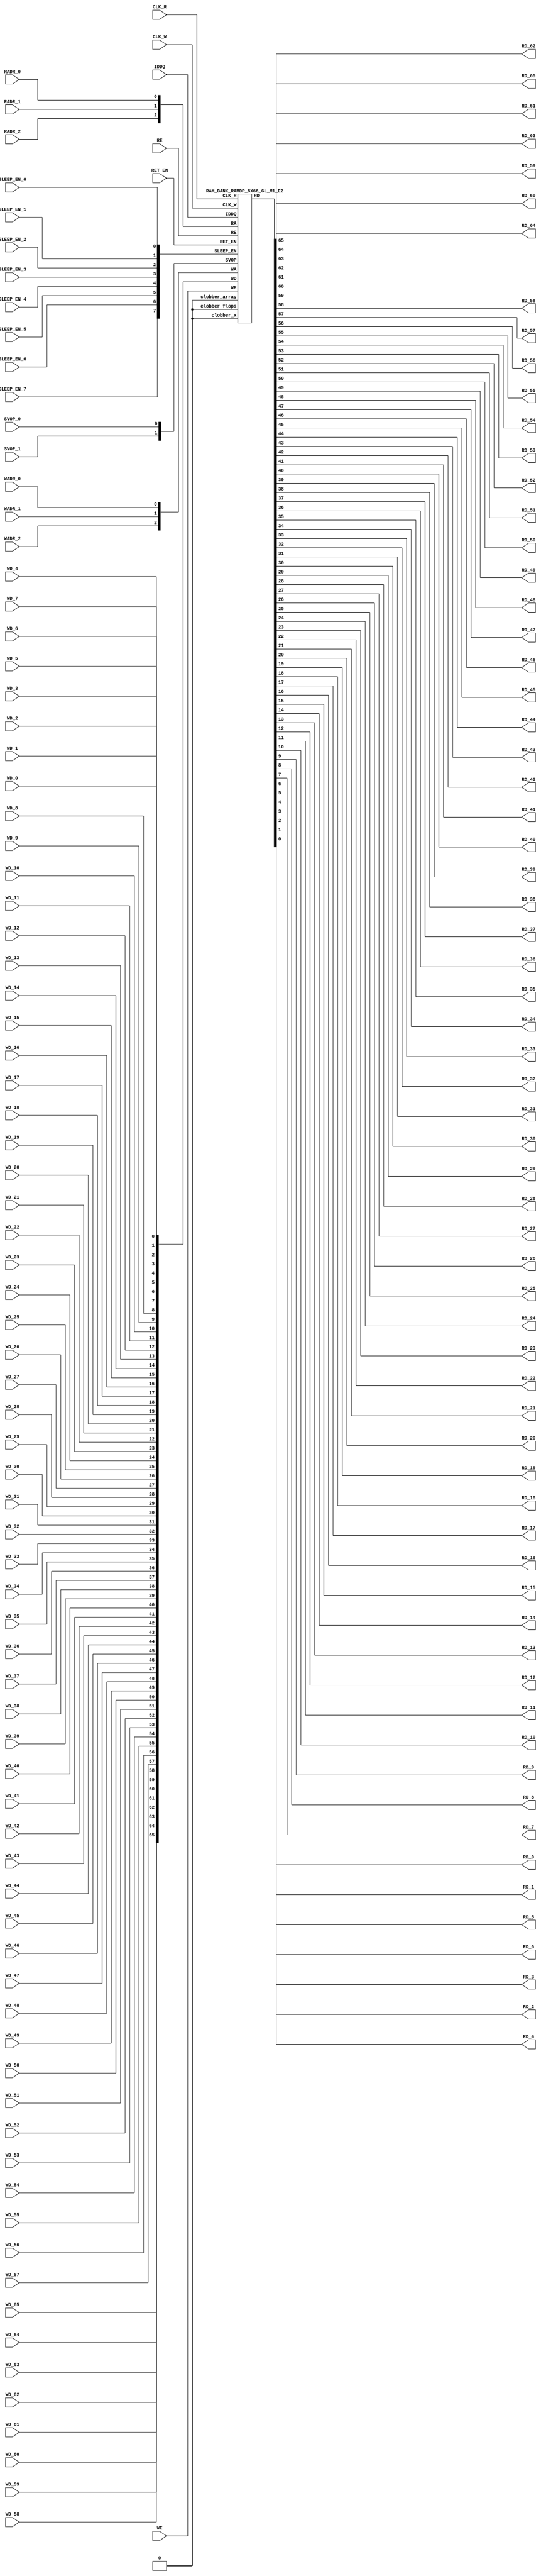
//RAM             : RAMDP_8X66_GL_M1_E2
//Technology      : TSMC16FFLR
//Compiler version: FINAL.1 - 2017-05-23.14:46:11

`timescale 10ps/1ps

`celldefine
module RAMDP_8X66_GL_M1_E2 (CLK_R, CLK_W, RE, WE
	, RADR_2, RADR_1, RADR_0
    , WADR_2, WADR_1, WADR_0
	, WD_65, WD_64, WD_63, WD_62, WD_61, WD_60, WD_59, WD_58, WD_57, WD_56, WD_55, WD_54, WD_53, WD_52, WD_51, WD_50, WD_49, WD_48, WD_47, WD_46, WD_45, WD_44, WD_43, WD_42, WD_41, WD_40, WD_39, WD_38, WD_37, WD_36, WD_35, WD_34, WD_33, WD_32, WD_31, WD_30, WD_29, WD_28, WD_27, WD_26, WD_25, WD_24, WD_23, WD_22, WD_21, WD_20, WD_19, WD_18, WD_17, WD_16, WD_15, WD_14, WD_13, WD_12, WD_11, WD_10, WD_9, WD_8, WD_7, WD_6, WD_5, WD_4, WD_3, WD_2, WD_1, WD_0
	, RD_65, RD_64, RD_63, RD_62, RD_61, RD_60, RD_59, RD_58, RD_57, RD_56, RD_55, RD_54, RD_53, RD_52, RD_51, RD_50, RD_49, RD_48, RD_47, RD_46, RD_45, RD_44, RD_43, RD_42, RD_41, RD_40, RD_39, RD_38, RD_37, RD_36, RD_35, RD_34, RD_33, RD_32, RD_31, RD_30, RD_29, RD_28, RD_27, RD_26, RD_25, RD_24, RD_23, RD_22, RD_21, RD_20, RD_19, RD_18, RD_17, RD_16, RD_15, RD_14, RD_13, RD_12, RD_11, RD_10, RD_9, RD_8, RD_7, RD_6, RD_5, RD_4, RD_3, RD_2, RD_1, RD_0
    
    , IDDQ
	, SVOP_1, SVOP_0
    , SLEEP_EN_7, SLEEP_EN_6, SLEEP_EN_5, SLEEP_EN_4, SLEEP_EN_3, SLEEP_EN_2, SLEEP_EN_1, SLEEP_EN_0, RET_EN
    
);

// nvProps NoBus SLEEP_EN_

`ifndef RAM_INTERFACE
`ifndef EMULATION
`ifndef SYNTHESIS
// Physical ram size defined as localparam
localparam phy_rows = 8;
localparam phy_cols = 66;
localparam phy_rcols_pos = 66'b0;
`endif //ndef SYNTHESIS
`endif //EMULATION
`endif //ndef RAM_INTERFACE

input CLK_R, CLK_W, RE, WE
	, RADR_2, RADR_1, RADR_0
    , WADR_2, WADR_1, WADR_0
	, WD_65, WD_64, WD_63, WD_62, WD_61, WD_60, WD_59, WD_58, WD_57, WD_56, WD_55, WD_54, WD_53, WD_52, WD_51, WD_50, WD_49, WD_48, WD_47, WD_46, WD_45, WD_44, WD_43, WD_42, WD_41, WD_40, WD_39, WD_38, WD_37, WD_36, WD_35, WD_34, WD_33, WD_32, WD_31, WD_30, WD_29, WD_28, WD_27, WD_26, WD_25, WD_24, WD_23, WD_22, WD_21, WD_20, WD_19, WD_18, WD_17, WD_16, WD_15, WD_14, WD_13, WD_12, WD_11, WD_10, WD_9, WD_8, WD_7, WD_6, WD_5, WD_4, WD_3, WD_2, WD_1, WD_0
    
    , SLEEP_EN_7, SLEEP_EN_6, SLEEP_EN_5, SLEEP_EN_4, SLEEP_EN_3, SLEEP_EN_2, SLEEP_EN_1, SLEEP_EN_0, RET_EN
    , IDDQ
    
	, SVOP_1, SVOP_0;
output RD_65, RD_64, RD_63, RD_62, RD_61, RD_60, RD_59, RD_58, RD_57, RD_56, RD_55, RD_54, RD_53, RD_52, RD_51, RD_50, RD_49, RD_48, RD_47, RD_46, RD_45, RD_44, RD_43, RD_42, RD_41, RD_40, RD_39, RD_38, RD_37, RD_36, RD_35, RD_34, RD_33, RD_32, RD_31, RD_30, RD_29, RD_28, RD_27, RD_26, RD_25, RD_24, RD_23, RD_22, RD_21, RD_20, RD_19, RD_18, RD_17, RD_16, RD_15, RD_14, RD_13, RD_12, RD_11, RD_10, RD_9, RD_8, RD_7, RD_6, RD_5, RD_4, RD_3, RD_2, RD_1, RD_0;

	
`ifndef RAM_INTERFACE
	//assemble & rename wires
	wire [2:0] RA = {RADR_2, RADR_1, RADR_0};
	wire [2:0] WA = {WADR_2, WADR_1, WADR_0};
	wire [65:0] WD = {WD_65, WD_64, WD_63, WD_62, WD_61, WD_60, WD_59, WD_58, WD_57, WD_56, WD_55, WD_54, WD_53, WD_52, WD_51, WD_50, WD_49, WD_48, WD_47, WD_46, WD_45, WD_44, WD_43, WD_42, WD_41, WD_40, WD_39, WD_38, WD_37, WD_36, WD_35, WD_34, WD_33, WD_32, WD_31, WD_30, WD_29, WD_28, WD_27, WD_26, WD_25, WD_24, WD_23, WD_22, WD_21, WD_20, WD_19, WD_18, WD_17, WD_16, WD_15, WD_14, WD_13, WD_12, WD_11, WD_10, WD_9, WD_8, WD_7, WD_6, WD_5, WD_4, WD_3, WD_2, WD_1, WD_0};

	wire [65:0] RD;
	assign {RD_65, RD_64, RD_63, RD_62, RD_61, RD_60, RD_59, RD_58, RD_57, RD_56, RD_55, RD_54, RD_53, RD_52, RD_51, RD_50, RD_49, RD_48, RD_47, RD_46, RD_45, RD_44, RD_43, RD_42, RD_41, RD_40, RD_39, RD_38, RD_37, RD_36, RD_35, RD_34, RD_33, RD_32, RD_31, RD_30, RD_29, RD_28, RD_27, RD_26, RD_25, RD_24, RD_23, RD_22, RD_21, RD_20, RD_19, RD_18, RD_17, RD_16, RD_15, RD_14, RD_13, RD_12, RD_11, RD_10, RD_9, RD_8, RD_7, RD_6, RD_5, RD_4, RD_3, RD_2, RD_1, RD_0} = RD;
	wire [1:0] SVOP = {SVOP_1, SVOP_0};
    wire [7:0] SLEEP_EN = {SLEEP_EN_7, SLEEP_EN_6, SLEEP_EN_5, SLEEP_EN_4, SLEEP_EN_3, SLEEP_EN_2, SLEEP_EN_1, SLEEP_EN_0};
    

`ifndef EMULATION
`ifndef SYNTHESIS

    //State point clobering signals:
    wire check_x = (SVOP_0 ^ SVOP_1);
    wire clobber_x;
    assign clobber_x = ((check_x === 1'bx) || (check_x === 1'bz)) ? 1'b1 : 1'b0;
    wire clobber_array = ((|SLEEP_EN) & ~RET_EN) | clobber_x;
    wire clobber_flops = (|SLEEP_EN) | clobber_x;
    integer i;
    always  @(clobber_array) begin
      if (clobber_array) begin
    		for (i=0; i<8; i=i+1) begin
    		    ITOP.io.array[i] <= 66'bx;
    		end
      end
    end

//VCS coverage off     
    always  @(clobber_flops) begin
        if (clobber_flops) begin
        ITOP.we_lat <= 1'bx;
        ITOP.wa_lat <= 3'bx;
        ITOP.wd_lat <= 66'bx;
        
        ITOP.re_lat <= 1'bx;
        ITOP.ra_lat <= 3'bx;
        ITOP.io.r0_dout_tmp <= 66'b0;
        end
    end
//VCS coverage on    

//VCS coverage off
`ifdef NV_RAM_ASSERT
    //first reset signal for nv_assert_module:
    reg sim_reset;                                                     
    initial begin: init_sim_reset
        sim_reset = 0;  
        #6 sim_reset = 1;
    end

    reg rst_clk;                                                     
    initial begin: init_rst_clk
        rst_clk = 0; 
        #2 rst_clk = 1; 
        #4 rst_clk = 0;  
    end

    //internal weclk|reclk gating signal:
    wire weclk_gating = ITOP.we_lat & ~IDDQ;
    wire reclk_gating = ITOP.re_lat & ~IDDQ;

  //Assertion checks for power sequence of G-option RAMDP:

    //weclk_gating after 2 clk
    reg weclk_gating_1p, weclk_gating_2p;
    always @(posedge CLK_W) begin
        weclk_gating_1p <= weclk_gating;
        weclk_gating_2p <= weclk_gating_1p;
    end

    //reclk_gating after 2 clk
    reg reclk_gating_1p, reclk_gating_2p;
    always @(posedge CLK_R) begin
        reclk_gating_1p <= reclk_gating;
        reclk_gating_2p <= reclk_gating_1p;
    end
    
    //RET_EN off after 2 CLK_W
    reg ret_en_w_1p, ret_en_w_2p;
    always @(posedge CLK_W or posedge RET_EN) begin
        if(RET_EN) 
            begin
                ret_en_w_1p <= 1'b1;
                ret_en_w_2p <= 1'b1;
            end
        else
            begin
                ret_en_w_1p <= RET_EN;
                ret_en_w_2p <= ret_en_w_1p;
            end
    end

    //RET_EN off after 2 CLK_R
    reg ret_en_r_1p, ret_en_r_2p;
    always @(posedge CLK_R or posedge RET_EN) begin
        if(RET_EN) 
            begin
                ret_en_r_1p <= 1'b1;
                ret_en_r_2p <= 1'b1;
            end
        else
            begin
                ret_en_r_1p <= RET_EN;
                ret_en_r_2p <= ret_en_r_1p;
            end
    end

    wire sleep_en_or = (|SLEEP_EN) ;
    //SLEEP_EN off after 2 CLK_W
    reg sleep_en_off_w_1p, sleep_en_off_w_2p;
    always @(posedge CLK_W or posedge sleep_en_or) begin
        if(sleep_en_or)
            begin
                sleep_en_off_w_1p <= 1'b1;
                sleep_en_off_w_2p <= 1'b1;
            end
        else
            begin
                sleep_en_off_w_1p <= sleep_en_or;
                sleep_en_off_w_2p <= sleep_en_off_w_1p;
            end            
    end

    //SLEEP_EN off after 2 CLK_R
    reg sleep_en_off_r_1p, sleep_en_off_r_2p;
    always @(posedge CLK_R or posedge sleep_en_or) begin
        if(sleep_en_or)
            begin
                sleep_en_off_r_1p <= 1'b1;
                sleep_en_off_r_2p <= 1'b1;
            end
        else
            begin
                sleep_en_off_r_1p <= |sleep_en_or;
                sleep_en_off_r_2p <= sleep_en_off_r_1p;
            end            
    end    


  //#1 From function mode to retention mode:
    
    //Power-S1.1:illegal assert RET_EN after asserting SLEEP_EN 
    wire disable_power_assertion_S1P1 = $test$plusargs("disable_power_assertions_globally") | $test$plusargs("disable_power_assertion_assert_RET_EN_after_SLEEP_EN_on_when_function2retention");
    nv_assert_never #(0,0, "Power-S1.1:illegal assert RET_EN after asserting SLEEP_EN") inst_S1P1 (RET_EN ^ rst_clk, ~disable_power_assertion_S1P1 & sim_reset, (|SLEEP_EN));

    //Power-S1.2:illegal assert RET_EN without 2 nop-CLK
    wire disable_power_assertion_S1P2 = $test$plusargs("disable_power_assertions_globally") | $test$plusargs("disable_power_assertion_assert_RET_EN_without_2_nop_CLK");
    nv_assert_never #(0,0, "Power-S1.2:illegal assert RET_EN without 2 nop-CLK") inst_S1P2 (RET_EN ^ rst_clk, ~disable_power_assertion_S1P2 & sim_reset, weclk_gating | weclk_gating_1p | weclk_gating_2p | reclk_gating | reclk_gating_1p | reclk_gating_2p);

  //#2 From retention mode to function mode:

    //Power-S2.1:illegal write without 2 nop-CLK after de-asserting RET_EN
    wire disable_power_assertion_S2P1 = $test$plusargs("disable_power_assertions_globally") | $test$plusargs("disable_power_assertion_write_without_2_nop_CLK_after_retention2function");
    nv_assert_never #(0,0, "Power-S2.1:illegal write without 2 nop-CLK after de-asserting RET_EN") inst_S2P1 (CLK_W ^ rst_clk, ~disable_power_assertion_S2P1 & sim_reset, ~RET_EN & ret_en_w_2p & weclk_gating);

    //Power-S2.2:illegal read without 2 nop-CLK after de-asserting RET_EN
    wire disable_power_assertion_S2P2 = $test$plusargs("disable_power_assertions_globally") | $test$plusargs("disable_power_assertion_read_without_2_nop_CLK_after_retention2function");
    nv_assert_never #(0,0, "Power-S2.2:illegal read without 2 nop-CLK after de-asserting RET_EN") inst_S2P2 (CLK_R ^ rst_clk, ~disable_power_assertion_S2P2 & sim_reset, ~RET_EN & ret_en_r_2p & reclk_gating);

  //#3 From function mode to sleep mode:

    //Power-S3.2:illegal assert SLEEP_EN without 2 nop-CLK
    wire disable_power_assertion_S3P2 = $test$plusargs("disable_power_assertions_globally") | $test$plusargs("disable_power_assertion_assert_SLEEP_EN_without_2_nop_CLK");
    nv_assert_never #(0,0, "Power-S3.2:illegal assert SLEEP_EN without 2 nop-CLK") inst_S3P2 ((|SLEEP_EN) ^ rst_clk, ~disable_power_assertion_S3P2 & sim_reset, weclk_gating | weclk_gating_1p | weclk_gating_2p | reclk_gating | reclk_gating_1p | reclk_gating_2p);

  //#4 From sleep mode to function mode:

    //Power-S4.1:illegal write without 2 nop-CLK after switching from sleep mode to function mode
    wire disable_power_assertion_S4P1 = $test$plusargs("disable_power_assertions_globally") | $test$plusargs("disable_power_assertion_write_without_2_nop_CLK_after_sleep2function");
    nv_assert_never #(0,0, "Power-S4.1:illegal write without 2 nop-CLK after switching from sleep mode to function mode") inst_S4P1 (CLK_W ^ rst_clk, ~disable_power_assertion_S4P1 & sim_reset, ~(|SLEEP_EN) & sleep_en_off_w_2p & weclk_gating);
   
    //Power-S4.2:illegal read without 2 nop-CLK after switching from sleep mode to function mode
    wire disable_power_assertion_S4P2 = $test$plusargs("disable_power_assertions_globally") | $test$plusargs("disable_power_assertion_read_without_2_nop_after_sleep2function");
    nv_assert_never #(0,0, "Power-S4.2:illegal read without 2 nop-CLK after switching from sleep mode to function mode") inst_S4P2 (CLK_R ^ rst_clk, ~disable_power_assertion_S4P2 & sim_reset, ~(|SLEEP_EN) & sleep_en_off_r_2p & reclk_gating);
`endif //NV_RAM_ASSERT
//VCS coverage on 

`ifdef NV_RAM_EXPAND_ARRAY
  wire [66-1:0] Q_7 = ITOP.io.array[7];
  wire [66-1:0] Q_6 = ITOP.io.array[6];
  wire [66-1:0] Q_5 = ITOP.io.array[5];
  wire [66-1:0] Q_4 = ITOP.io.array[4];
  wire [66-1:0] Q_3 = ITOP.io.array[3];
  wire [66-1:0] Q_2 = ITOP.io.array[2];
  wire [66-1:0] Q_1 = ITOP.io.array[1];
  wire [66-1:0] Q_0 = ITOP.io.array[0];

`endif //def NV_RAM_EXPAND_ARRAY

//VCS coverage off
`ifdef MONITOR
task monitor_on;
    begin
        ITOP.io.monitor_on = 1'b1;
    end
endtask

task monitor_off;
    begin
        ITOP.io.monitor_on = 1'b0;
        ITOP.io.dump_monitor_result = 1'b1;
    end
endtask
`endif//def MONITOR
//VCS coverage on

//VCS coverage off
task mem_fill_value;
input fill_bit;
integer i;
begin
    for (i=0; i<8; i=i+1) begin
    	ITOP.io.array[i] = {66{fill_bit}};
    end
end
endtask 

task mem_fill_random; 
integer i;
integer j;
reg [65:0] val;
begin
    for (j=0; j<8; j=j+1) begin
        for (i=0; i<66; i=i+1) begin
            val[i] = {$random}; 
        end
	    ITOP.io.array[j] = val;
    end
end
endtask

task mem_write;
  input [2:0] addr;
  input [65:0] data;
  begin
     ITOP.io.mem_wr_raw(addr,data);
  end
endtask

function [65:0] mem_read;
  input [2:0] addr;
  begin
	mem_read = ITOP.io.mem_read_raw(addr);
  end
endfunction

task force_rd;
  input [2:0] addr;
  begin
	ITOP.io.r0_dout_tmp = ITOP.io.array[addr];
  end
endtask

`ifdef MEM_PHYS_INFO
task mem_phys_write;
  input [2:0] addr;
  input [65:0] data;
  begin
     ITOP.io.mem_wr_raw(addr,data);
  end
endtask

function [65:0] mem_phys_read_padr;
  input [2:0] addr;
  begin
	mem_phys_read_padr = ITOP.io.mem_read_raw(addr);
  end
endfunction

function [2:0] mem_log_to_phys_adr;
    input [2:0] addr;
    begin
    mem_log_to_phys_adr = addr;
    end
endfunction

function [65:0] mem_phys_read_pmasked;
  input [2:0] addr;
  begin
	mem_phys_read_pmasked = ITOP.io.mem_read_raw(addr);
  end
endfunction

function [65:0] mem_phys_read_ladr;
  input [2:0] addr;
  begin
	mem_phys_read_ladr = mem_phys_read_padr(mem_log_to_phys_adr(addr));
  end
endfunction
`endif //def MEM_PHYS_INFO

`ifdef FAULT_INJECTION
task mem_fault_no_write;
  input [65:0] fault_mask;
   begin
    ITOP.io.mem_fault_no_write(fault_mask);
  end
endtask

task mem_fault_stuck_0;
  input [65:0] fault_mask;
  integer i;
   begin
    ITOP.io.mem_fault_stuck_0(fault_mask);
   end
endtask

task mem_fault_stuck_1;
  input [65:0] fault_mask;
  integer i;
   begin
    ITOP.io.mem_fault_stuck_1(fault_mask);
  end
endtask

task set_bit_fault_stuck_0;
  input r;
  input c;
  integer r;
  integer c;
    ITOP.io.set_bit_fault_stuck_0(r,c);
endtask

task set_bit_fault_stuck_1;
  input r;
  input c;
  integer r;
  integer c;
    ITOP.io.set_bit_fault_stuck_1(r,c);
endtask

task clear_bit_fault_stuck_0;
  input r;
  input c;
  integer r;
  integer c;
    ITOP.io.clear_bit_fault_stuck_0(r,c);
endtask

task clear_bit_fault_stuck_1;
  input r;
  input c;
  integer r;
  integer c;
    ITOP.io.clear_bit_fault_stuck_1(r,c);
endtask
//VCS coverage on

`endif //def FAULT_INJECTION
`else //def SYNTHESIS
    
    wire clobber_x;
    assign clobber_x = 1'b0;
    wire clobber_array = 1'b0;
    wire clobber_flops = 1'b0;

`endif //ndef SYNTHESIS

	//instantiate memory bank
	RAM_BANK_RAMDP_8X66_GL_M1_E2 ITOP (
		.RE(RE), 
		.WE(WE), 
		.RA(RA),  
		.WA(WA), 
		.CLK_R(CLK_R), 
		.CLK_W(CLK_W), 
		.IDDQ(IDDQ), 
		.SVOP(SVOP), 
		.WD(WD), 
		.RD(RD),
		
		.SLEEP_EN(SLEEP_EN),
        .RET_EN(RET_EN),
        .clobber_flops(clobber_flops), 
        .clobber_array(clobber_array),
        .clobber_x(clobber_x)     	
	);

//VCS coverage off
`else //def EMULATION
    // Simple emulation model without MBIST, SCAN or REDUNDANCY
    	//common part for write
    	reg we_ff;
        reg [2:0] wa_ff;
        reg [65:0] wd_ff; 
    	always @(posedge CLK_W) begin // spyglass disable W391
                we_ff  <= WE;
                wa_ff <= WA;
                wd_ff <= WD;
    	end
    	   
        

    	//common part for read
    	reg re_lat;
        always @(*) begin
    		if (!CLK_R) begin
                re_lat  <= RE; // spyglass disable W18
    		end
    	end
    	
    	wire reclk = CLK_R & re_lat;
    
    	reg [2:0] ra_ff;
    	always @(posedge CLK_R) begin // spyglass disable W391
    			ra_ff <= RA;
    	end

        reg [65:0] dout; 

        assign RD = dout;
    
 	    //memory array       
	    reg [65:0] array[0:7]; 
	    always @(negedge CLK_W ) begin
            if (we_ff) begin
	    		array[wa_ff] <= wd_ff; // spyglass disable SYNTH_5130
            end
	    end
	    always @(*) begin
	    	if (reclk) begin
	    		dout <= array[ra_ff]; // spyglass disable SYNTH_5130, W18
	    	end
	    end
    // End of the simple emulation model
`endif //def EMULATION
//VCS coverage on

`endif //ndef RAM_INTERFACE
endmodule
`endcelldefine






/////////////////////////////////////////////////////////////////////////////////////////////////////////////////////////////////
/////////////////////////////// memory bank block : defines internal logic of the RAMDP /////////////////////////////////////////
/////////////////////////////////////////////////////////////////////////////////////////////////////////////////////////////////

`ifndef RAM_INTERFACE
`ifndef EMULATION
module RAM_BANK_RAMDP_8X66_GL_M1_E2 (RE, WE, RA, WA, CLK_R, CLK_W, IDDQ, SVOP, WD, RD, SLEEP_EN, RET_EN, clobber_flops, clobber_array, clobber_x
);


input RET_EN;
input RE, WE, CLK_R, CLK_W, IDDQ;
input [2:0] RA, WA;
input [65:0] WD;
input [1:0] SVOP;
input [7:0] SLEEP_EN;
input clobber_flops, clobber_array, clobber_x;
output [65:0] RD;

//State point clobering signals:

    wire output_valid = ~(clobber_x | (|SLEEP_EN));
    wire clamp_o = SLEEP_EN[7] | RET_EN;

	//common part for write
    wire clk_w_iddq = CLK_W & ~IDDQ & ~clamp_o;
	reg we_lat;
	always @(*) begin
		if (!clk_w_iddq & !clobber_flops) begin
			we_lat  <=  WE; // spyglass disable W18, IntClock
		end
	end

    // weclk with posedge 1 dly | negedge 2 dly	
    wire weclk, weclk_d0, weclk_d1, weclk_d2;
    assign weclk_d0 = clk_w_iddq & we_lat & ~clobber_flops & ~clobber_array;
    assign #1 weclk_d1 = weclk_d0;
    assign #1 weclk_d2 = weclk_d1;
    assign weclk = weclk_d1 | weclk_d2; // spyglass disable GatedClock

    // wadclk with posedge 0 dly | negedge 3 dly	
    wire wadclk, wadclk_d0, wadclk_d1, wadclk_d2, wadclk_d3;
    assign wadclk_d0 = clk_w_iddq & we_lat;
    assign #1 wadclk_d1 = wadclk_d0;
    assign #1 wadclk_d2 = wadclk_d1;
    assign #1 wadclk_d3 = wadclk_d2;
    assign wadclk = wadclk_d0 | wadclk_d1 | wadclk_d2 | wadclk_d3;  

    // wdclk with posedge 0 dly | negedge 3 dly
    wire wdclk, wdclk_d0, wdclk_d1, wdclk_d2, wdclk_d3;
    assign wdclk_d0 = clk_w_iddq & we_lat;
    assign #1 wdclk_d1 = wdclk_d0;
    assign #1 wdclk_d2 = wdclk_d1;
    assign #1 wdclk_d3 = wdclk_d2;
    assign wdclk = wdclk_d0 | wdclk_d1 | wdclk_d2 | wdclk_d3;  

    reg [2:0] wa_lat;
	always @(*) begin
		if (!wadclk & !clobber_flops) begin
			wa_lat  <=  WA; // spyglass disable W18, IntClock
		end
	end

	reg [65:0] wd_lat;
	always @(*) begin
		if (!wdclk & !clobber_flops) begin
			wd_lat  <= WD; // spyglass disable W18, IntClock
		end
	end

	//common part for read
	reg re_lat;
	always @(*) begin
		if (!CLK_R & !clobber_flops) begin
			re_lat <=  RE; // spyglass disable W18, IntClock
		end
	end

    // reclk with posedge 1 dly | negedge 0 dly
    wire reclk, reclk_d0, reclk_d1;
    assign reclk_d0 = CLK_R & ~IDDQ & re_lat & ~clamp_o;
    assign #1 reclk_d1 = reclk_d0;
    assign reclk = reclk_d0 & reclk_d1; // spyglass disable GatedClock

    // radclk with posedge 0 dly | negedge 1 dly
    wire radclk, radclk_d0, radclk_d1;
    assign radclk_d0 = CLK_R & ~IDDQ & re_lat & ~clamp_o;
    assign #1 radclk_d1 = radclk_d0;
    assign radclk = radclk_d0 | radclk_d1;  

	reg [2:0] ra_lat;
	always @(*) begin
		if (!radclk & !clobber_flops) begin
			ra_lat <=  RA; // spyglass disable W18, IntClock
		end
	end
	
	wire [65:0] dout;
	assign RD = clamp_o ? 66'b0 : (output_valid ? dout : 66'bx); //spyglass disable STARC-2.10.1.6


	//for E-option RAM


	vram_RAMDP_8X66_GL_M1_E2 # (8, 66, 3) io (
		.w0_addr(wa_lat),
		.w0_clk(weclk),
		.w0_bwe({66{1'b1}}),
		.w0_din(wd_lat),
		.r0_addr(ra_lat),
		.r0_clk(reclk),
		.r0_dout(dout),
        .clamp_o(clamp_o)
	);

endmodule
`endif //ndef EMULATION
`endif //ndef RAM_INTERFACE








/////////////////////////////////////////////////////////////////////////////////////////////////////////////////////////////////
///////////////////////////////  ram primitive : defines 2D behavioral memory array of the RAMDP ////////////////////////////////
/////////////////////////////////////////////////////////////////////////////////////////////////////////////////////////////////

`ifndef RAM_INTERFACE
`ifndef EMULATION
module vram_RAMDP_8X66_GL_M1_E2 (
	w0_addr,
	w0_clk,
	w0_bwe,
	w0_din,
	r0_addr,
	r0_clk,
	r0_dout,
    clamp_o
);

parameter words = 8;
parameter bits = 66;
parameter addrs = 3;


input [addrs-1:0] w0_addr;
input w0_clk;
input [bits-1:0] w0_din;
input [bits-1:0] w0_bwe;
input [addrs-1:0] r0_addr;
input r0_clk;
input clamp_o;
output [bits-1:0] r0_dout;

integer a;

`ifndef SYNTHESIS
`ifdef FAULT_INJECTION
	// regs for inducing faults
	reg [bits-1:0] fault_no_write; // block writes to this column
	reg [bits-1:0] fault_stuck_0;  // column always reads as 0
	reg [bits-1:0] fault_stuck_1;  // column always reads as 1
	reg [bits-1:0] bit_fault_stuck_0[0:words-1];  // column always reads as 0
	reg [bits-1:0] bit_fault_stuck_1[0:words-1];  // column always reads as 1
	
	initial begin : init_bit_fault_stuck
	  integer i;
	  integer j;
	  fault_no_write = {bits{1'b0}};
	  fault_stuck_0  = {bits{1'b0}};
	  fault_stuck_1  = {bits{1'b0}};
	  for (i=0; i<=words; i=i+1) begin
	      bit_fault_stuck_0[i] = {bits{1'b0}};
	      bit_fault_stuck_1[i] = {bits{1'b0}};
	  end
	end
`endif //def FAULT_INJECTION

`ifdef MONITOR
//VCS coverage off
// monitor variables
reg monitor_on;
reg dump_monitor_result;
// this monitors coverage including redundancy cols
// 1'bx = not accessed
// 1'b0 = accessed as a 0
// 1'b1 = accessed as a 1
// 1'bz = accessed as both 0 and 1
reg [bits-1:0] bit_written[0:words-1];
reg [bits-1:0] bit_read[0:words-1];

initial begin : init_monitor
  monitor_on = 1'b0; 
  dump_monitor_result = 1'b0;
  for(a=0;a<words;a=a+1) begin
      bit_written[a] = {bits{1'bx}};
      bit_read[a] = {bits{1'bx}};
  end
end

always @(dump_monitor_result) begin : dump_monitor
    integer r;
	integer c;
    integer b;
	reg [66-1:0] tmp_row;
    	if (dump_monitor_result == 1'b1) begin
		    $display("Exercised coverage summary:");
		    $display("\t%m bits not written as 0:");
		    for (r=0; r<8; r=r+1) begin
		        tmp_row = bit_written[r];
		    	for (c=0; c<66; c=c+1) begin
		    		if (tmp_row[c] !== 1'b0 && tmp_row[c] !== 1'bz) $display("\t\t[row,col] [%d,%d]", r, c);
		    	end
		    end
            $display("\t%m bits not written as 1:");
		    for (r=0; r<8; r=r+1) begin
		        tmp_row = bit_written[r];
		    	for (c=0; c<66; c=c+1) begin
		    		if (tmp_row[c] !== 1'b1 && tmp_row[c] !== 1'bz) $display("\t\t[row,col] [%d,%d]", r, c);
		    	end
		    end
		    $display("\t%m bits not read as 0:");
		    for (r=0; r<8; r=r+1) begin
		        tmp_row = bit_read[r];
		    	for (c=0; c<66; c=c+1) begin
		    		if (tmp_row[c] !== 1'b0 && tmp_row[c] !== 1'bz) $display("\t\t[row,col] [%d,%d]", r, c);
		    	end
		    end
		    $display("\t%m bits not read as 1:");
		    for (r=0; r<8; r=r+1) begin
		        tmp_row = bit_read[r];
		    	for (c=0; c<66; c=c+1) begin
		    		if (tmp_row[c] !== 1'b1 && tmp_row[c] !== 1'bz) $display("\t\t[row,col] [%d,%d]", r, c);
		    	end
		    end
        end
	dump_monitor_result = 1'b0;
end
//VCS coverage on
`endif //MONITOR
`endif //ndef SYNTHESIS
	
	//memory array
	reg [bits-1:0] array[0:words-1];  

// Bit write enable
`ifndef SYNTHESIS 
    `ifdef FAULT_INJECTION
        wire [bits-1:0] bwe_with_fault = w0_bwe & ~fault_no_write;
        wire [bits-1:0] re_with_fault = ~(bit_fault_stuck_1[r0_addr] | bit_fault_stuck_0[r0_addr]);
    `else
        wire [bits-1:0] bwe_with_fault = w0_bwe;
        wire [bits-1:0] re_with_fault = {bits{1'b1}};
    `endif //def FAULT_INJECTION
`else
    wire [bits-1:0] bwe_with_fault = w0_bwe;
`endif //SYNTHESIS

	//write function
    wire [bits-1:0] bitclk = {bits{w0_clk}} & bwe_with_fault;
    genvar idx;
    generate
        for (idx=0; idx<bits; idx=idx+1)
        begin : write
            always @(bitclk[idx] or w0_clk or w0_addr or w0_din[idx])
            begin
                if (bitclk[idx] && w0_clk)
                begin
                    array[w0_addr][idx] <= w0_din[idx]; // spyglass disable SYNTH_5130, W18
                    `ifndef SYNTHESIS
                    `ifdef MONITOR
//VCS coverage off
                    if (monitor_on) begin 
	    				case (bit_written[w0_addr][idx])
	    				    1'bx: bit_written[w0_addr][idx] = w0_din[idx];
	    				    1'b0: bit_written[w0_addr][idx] = w0_din[idx] == 1 ? 1'bz : 1'b0;
	    				    1'b1: bit_written[w0_addr][idx] = w0_din[idx] == 0 ? 1'bz : 1'b1;
	    				    1'bz: bit_written[w0_addr][idx] = 1'bz;
	    				endcase
                    end   
//VCS coverage on
                    `endif //MONITOR	    
                    `endif //SYNTHESIS	
                end
            end
        end
    endgenerate

	//read function
	wire [bits-1:0] r0_arr;
`ifndef SYNTHESIS
    `ifdef FAULT_INJECTION
	    assign r0_arr = (array[r0_addr] | bit_fault_stuck_1[r0_addr]) & ~bit_fault_stuck_0[r0_addr]; //read fault injection
    `else
	    assign r0_arr = array[r0_addr]; 
    `endif //def FAULT_INJECTION
`else
    assign r0_arr = array[r0_addr]; // spyglass disable SYNTH_5130
`endif //def SYNTHESIS


    wire r0_clk_d0p1, r0_clk_read, r0_clk_reset_collision;
    assign #0.1 r0_clk_d0p1 = r0_clk;
    assign r0_clk_read = r0_clk_d0p1 & r0_clk; // spyglass disable GatedClock
    assign r0_clk_reset_collision = r0_clk | r0_clk_d0p1; // spyglass disable W402b

`ifndef SYNTHESIS
`ifdef MONITOR
//VCS coverage off 
    always @(r0_clk_read) begin
        if (monitor_on) begin
            for (a=0; a<bits; a=a+1) begin
	            if (re_with_fault[a] && r0_clk_read) begin
	                case (bit_read[r0_addr][a])
			            1'bx: bit_read[r0_addr][a] = array[r0_addr][a];
				        1'b0: bit_read[r0_addr][a] = array[r0_addr][a] == 1 ? 1'bz : 1'b0;
				        1'b1: bit_read[r0_addr][a] = array[r0_addr][a] == 0 ? 1'bz : 1'b1;
				        1'bz: bit_read[r0_addr][a] = 1'bz;
		            endcase
	            end
	        end
        end
    end
//VCS coverage on
`endif //MONITOR
`endif //SYNTHESIS

	reg [bits-1:0] collision_ff;
    wire [bits-1:0] collision_ff_clk =  {bits{w0_clk}} & {bits{r0_clk_read}} & {bits{r0_addr==w0_addr}} & bwe_with_fault; //spyglass disable GatedClock
    genvar bw;
    generate
        for (bw=0; bw<bits; bw=bw+1) 
        begin : collision
	        always @(posedge collision_ff_clk[bw] or negedge r0_clk_reset_collision) begin
                if (!r0_clk_reset_collision) 
                    begin
                        collision_ff[bw] <= 1'b0;
                    end
                else
                    begin
                        collision_ff[bw] <= 1'b1;
                    end
            end
        end
    endgenerate

	reg [bits-1:0] r0_dout_tmp;
	always @(*)
	begin
	    if (r0_clk_read) begin
            for (a=0; a<bits; a=a+1) begin
                r0_dout_tmp[a] <= ( collision_ff[a] | (r0_addr==w0_addr & w0_clk & bwe_with_fault[a]) ) ? 1'bx : r0_arr[a] & ~clamp_o; //spyglass disable STARC-2.10.1.6, W18
            end
        end
    end
    wire [bits-1:0] r0_dout = r0_dout_tmp & {bits{~clamp_o}};

`ifndef SYNTHESIS
//VCS coverage off
task mem_wr_raw;
  input [addrs-1:0] addr;
  input [bits-1:0] data;
  begin
    array[addr] = data;
  end
endtask

function [bits-1:0] mem_read_raw;
input [addrs-1:0] addr;
	mem_read_raw = array[addr];
endfunction

`ifdef FAULT_INJECTION
// induce faults on columns
task mem_fault_no_write;
  input [bits-1:0] fault_mask;
   begin
    fault_no_write = fault_mask;
  end
endtask

task mem_fault_stuck_0;
  input [bits-1:0] fault_mask;
  integer i;
   begin
    for ( i=0; i<words; i=i+1 ) begin
      bit_fault_stuck_0[i] = fault_mask;
    end
  end
endtask

task mem_fault_stuck_1;
  input [bits-1:0] fault_mask;
  integer i;
   begin
    for ( i=0; i<words; i=i+1 ) begin
      bit_fault_stuck_1[i] = fault_mask;
    end
  end
endtask

task set_bit_fault_stuck_0;
  input r;
  input c;
  integer r;
  integer c;
  bit_fault_stuck_0[r][c] = 1;
endtask

task set_bit_fault_stuck_1;
  input r;
  input c;
  integer r;
  integer c;
  bit_fault_stuck_1[r][c] = 1;
endtask

task clear_bit_fault_stuck_0;
  input r;
  input c;
  integer r;
  integer c;
  bit_fault_stuck_0[r][c] = 0;
endtask

task clear_bit_fault_stuck_1;
  input r;
  input c;
  integer r;
  integer c;
  bit_fault_stuck_1[r][c] = 0;
endtask
//VCS coverage on
`endif //def FAULT_INJECTION
`endif //ndef SYNTHESIS

endmodule
`endif //ndef EMULATION
`endif //ndef RAM_INTERFACE